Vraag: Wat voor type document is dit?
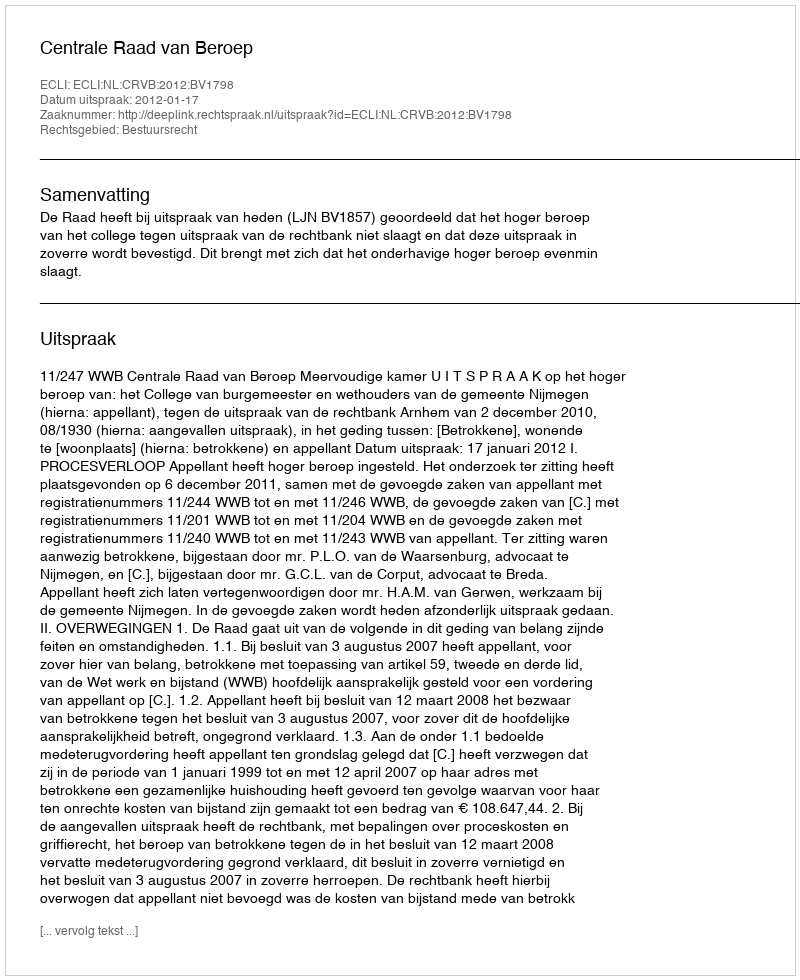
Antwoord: Uitspraak